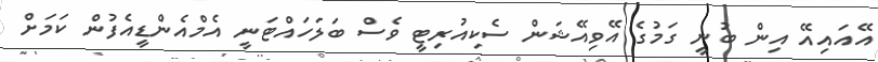
އޭއައިއޭ އިން ބުނީ ގަމުގެ އޭވިއޭޝަން ސެކިއުރިޓީ ވެސް ބަލަހައްޓަނީ އެމްއެންޑީއެފުން ކަމަށް